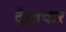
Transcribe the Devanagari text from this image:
देख़कर